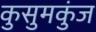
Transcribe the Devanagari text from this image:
कुसुमकुंज